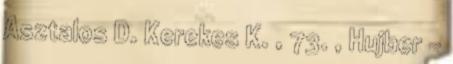
Asztalos D. Kerekes K. , 73. , Hujber –